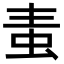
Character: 𧉉